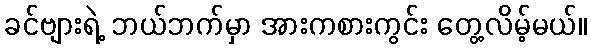
ခင်ဗျားရဲ့ ဘယ်ဘက်မှာ အားကစားကွင်း တွေ့လိမ့်မယ်။